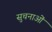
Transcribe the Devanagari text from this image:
सुचनाओं